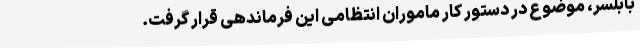
بابلسر، موضوع در دستور کار ماموران انتظامی این فرماندهی قرار گرفت.